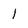
Character: l